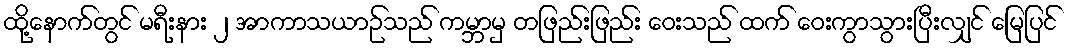
ထို့နောက်တွင် မရီးနား ၂ အာကာသယာဉ်သည် ကမ္ဘာမှ တဖြည်းဖြည်း ဝေးသည် ထက် ဝေးကွာသွားပြီးလျှင် မြေပြင်